Indian journal of veterinary science and animal husbandry - Volume 6,
Year: 1936
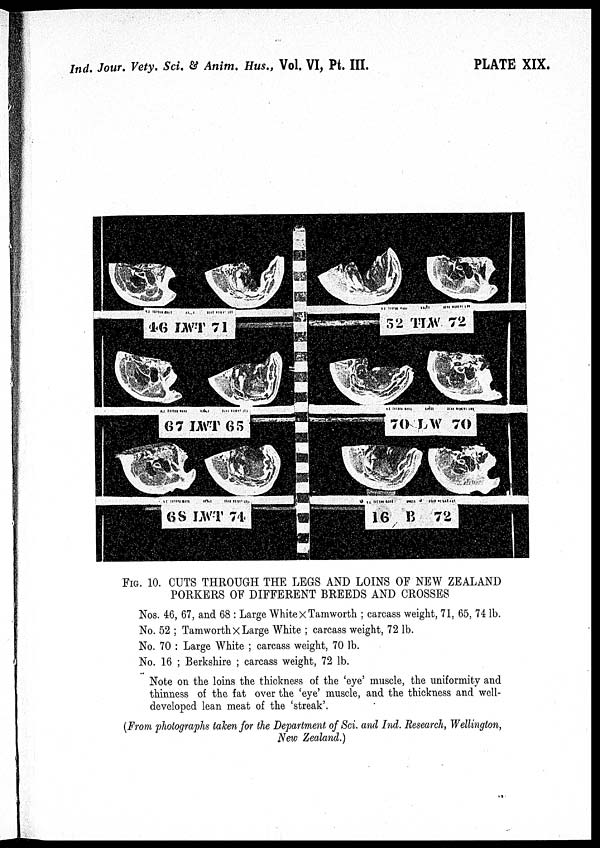
Ind. Jour. Vety. Sci. & Anim. Hus., Vol. VI, Pt. III.
PLATE XIX.
FIG. 10. CUTS THROUGH THE LEGS AND LOINS OF NEW ZEALAND
PORKERS OF DIFFERENT BREEDS AND CROSSES
Nos. 46, 67, and 68 : Large White × Tamworth ; carcass weight, 71, 65, 74 lb.
No. 52 ; Tamworth × Large White ; carcass weight, 72 lb.
No. 70 : Large White ; carcass weight, 70 lb.
No. 16 ; Berkshire ; carcass weight, 72 lb.
Note on the loins the thickness of the 'eye' muscle, the uniformity and
thinness of the fat over the 'eye' muscle, and the thickness and well-
developed lean meat of the 'streak'.
(From photographs taken for the Department of Sci and Ind. Research, Wellington,
New Zealand.)